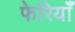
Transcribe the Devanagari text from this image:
फेरियाँ